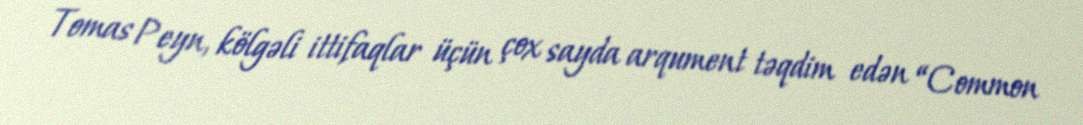
Tomas Peyn, kölgəli ittifaqlar üçün çox sayda arqument təqdim edən “Common